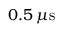
0 . 5 \, \mu \mathrm { s }